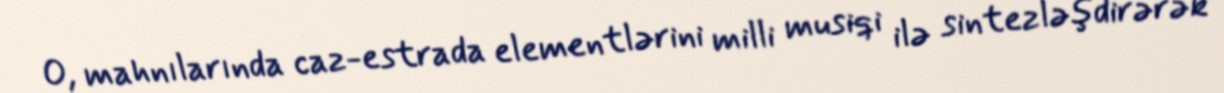
O, mahnılarında caz-estrada elementlərini milli musiqi ilə sintezləşdirərək